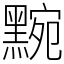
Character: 黦